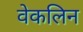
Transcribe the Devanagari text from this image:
वेकलिन